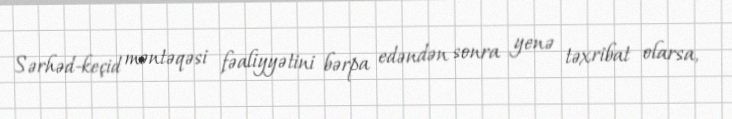
Sərhəd-keçid məntəqəsi fəaliyyətini bərpa edəndən sonra yenə təxribat olarsa,